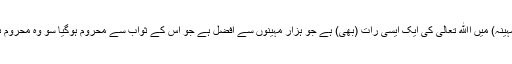
اس (مہینہ) میں اﷲ تعالیٰ کی ایک ایسی رات (بھی) ہے جو ہزار مہینوں سے افضل ہے جو اس کے ثواب سے محروم ہوگیا سو وہ محروم ہو گیا۔